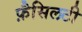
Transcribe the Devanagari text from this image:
फ़ैसिलटी